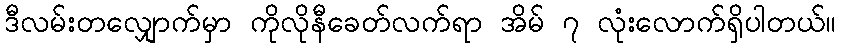
ဒီလမ်းတလျှောက်မှာ ကိုလိုနီခေတ်လက်ရာ အိမ် ၇ လုံးလောက်ရှိပါတယ်။